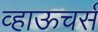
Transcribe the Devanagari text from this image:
व्हाऊचर्स